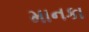
માનકા